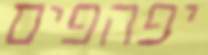
יפהפים